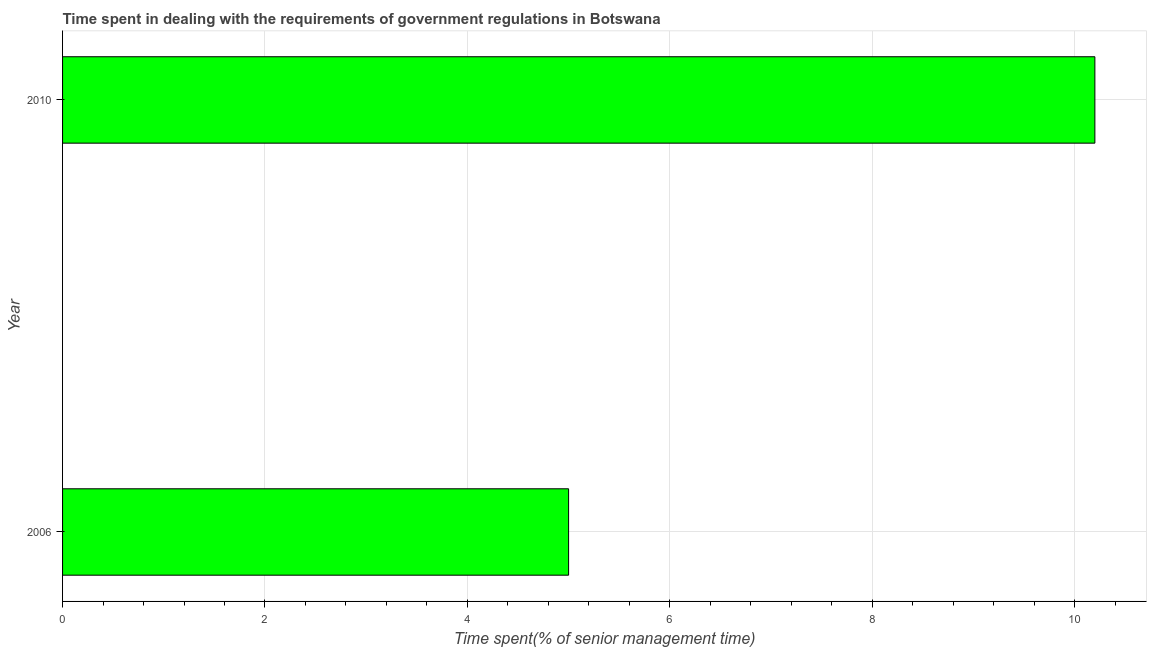
| Year | Government regulations |
 | --- | --- |
 | 2006 | 5 |
 | 2010 | 10.2 |